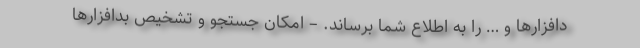
دافزارها و … را به اطلاع شما برساند. – امکان جستجو و تشخیص بدافزارها